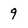
Character: 9